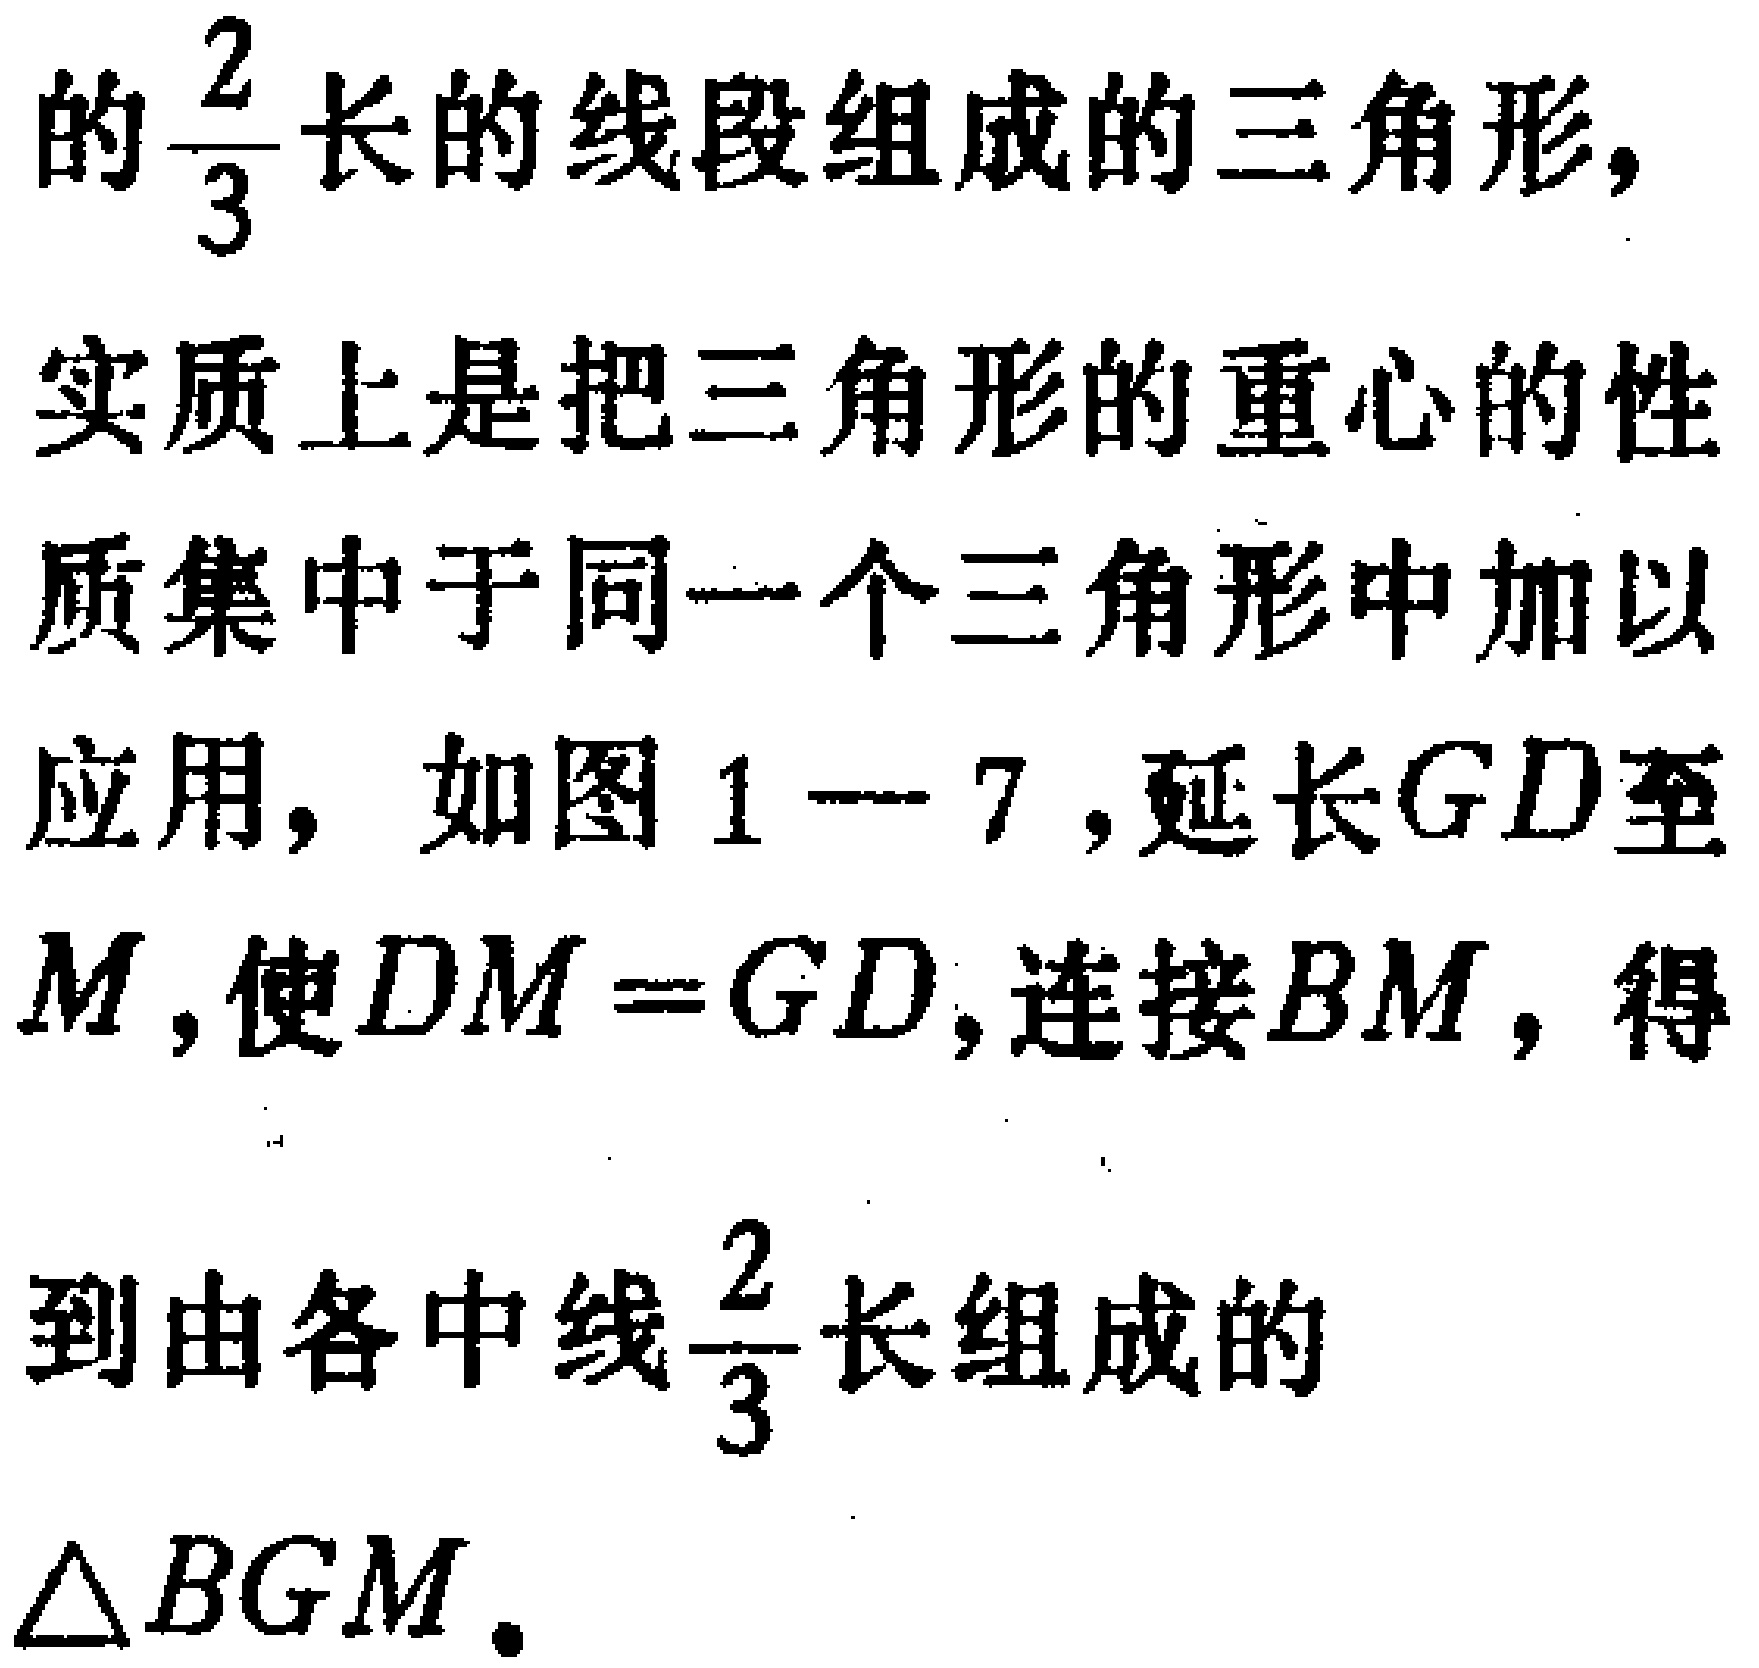
的$\frac{2}{3}$长的线段组成的三角形，

实质上是把三角形的重心的性

质集中于同一个三角形中加以

应用，如图$1 - 7$，延长$GD$至

$M$，使$DM = GD$，连接$BM$，得

到由各中线$\frac{2}{3}$长组成的

$\triangle BGM$。